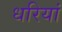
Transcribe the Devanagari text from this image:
धरियां